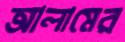
আলামের